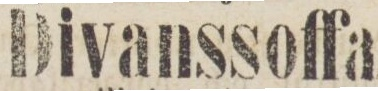
Divanssoffa